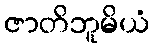
ဇာတိဘူမိယံ